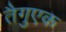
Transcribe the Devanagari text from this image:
तैगुएक